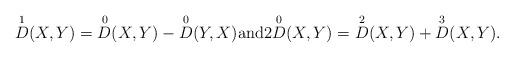
LaTeX: \begin{align*}\overset{1}{D}(X,Y) = \overset{0}{D} (X,Y) - \overset{0}{D} (Y,X) \mbox{and} 2\overset{0}{D} (X,Y) = \overset{2}{D} (X,Y) + \overset{3}{D} (X,Y).\end{align*}